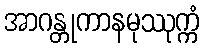
အာဂန္တုကာနမုဿုက္ကံ